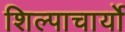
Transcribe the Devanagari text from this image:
शिल्पाचार्यो